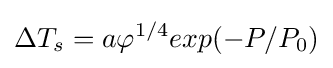
\Delta T_{s}=a\varphi ^{1/4}exp(-P/P_{0})